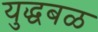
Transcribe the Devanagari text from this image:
युद्धबळ